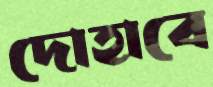
দোহাবে